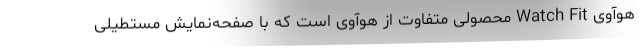
هوآوی Watch Fit محصولی متفاوت از هوآوی است که با صفحه‌نمایش مستطیلی